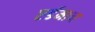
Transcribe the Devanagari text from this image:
एर्डमान